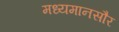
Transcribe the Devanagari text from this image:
मध्यमानसौर